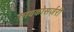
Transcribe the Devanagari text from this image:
सायकोसर्जरी